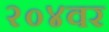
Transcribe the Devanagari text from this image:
२०४वर